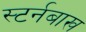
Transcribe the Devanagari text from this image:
स्टर्नबाख